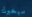
سيخبرك